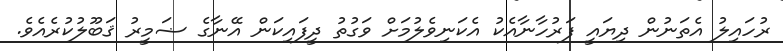
ރުހައިލު އެތަނުން ދިޔައީ ފަރުހާނާއެކު އެކަނިވެލުމަށް ވަގުތު ދީފައިކަން އޭނާގެ ޟަމީރު ޤަބޫލުކުރެއެވެ.